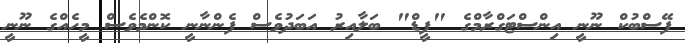
ފޭސްބުކް ނޫނީ އިންސްޓަގްރާމްގެ "ފީޑް" ބަލާއިރު އަބަދުވެސް ފެންނާނީ ކޮންމެވެސް މީހެއްގެ ނޫނީ